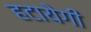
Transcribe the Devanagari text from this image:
हटायेगी